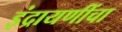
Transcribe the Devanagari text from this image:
इंद्रायणींचा